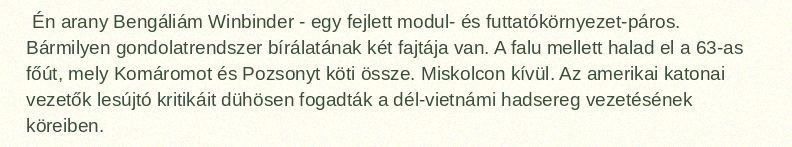
Én arany Bengáliám Winbinder - egy fejlett modul- és futtatókörnyezet-páros. Bármilyen gondolatrendszer bírálatának két fajtája van. A falu mellett halad el a 63-as főút, mely Komáromot és Pozsonyt köti össze. Miskolcon kívül. Az amerikai katonai vezetők lesújtó kritikáit dühösen fogadták a dél-vietnámi hadsereg vezetésének köreiben.